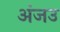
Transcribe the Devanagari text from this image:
अंजउ